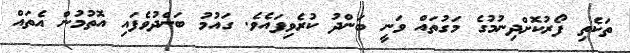
ތަކެތި ފޯރުކޮށްދިނުމުގެ މަގުތައް ވަނީ ބަންދު ކުރެވިފައެވެ. ގައުމު ބަންދުވެފައި އޮތުމުން އެތައް